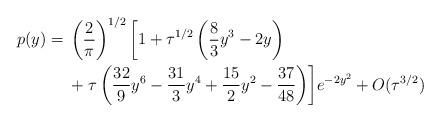
LaTeX: \begin{align*}\begin{aligned}p(y) ={} & \left(\frac{2}{\pi}\right)^{1/2}\biggl[1+\tau^{1/2}\left(\frac{8}{3}y^{3}-2y\right) \\& +\tau\left(\frac{32}{9}y^{6}-\frac{31}{3}y^{4}+\frac{15}{2}y^{2}-\frac{37}{48}\right)\biggr]e^{-2y^{2}}+O(\tau^{3/2})\end{aligned}\end{align*}